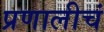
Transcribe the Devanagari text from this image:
प्रणालीचं